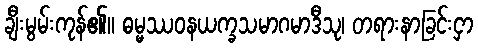
ချီးမွမ်းကုန်၏။ ဓမ္မဿဝနယက္ခသမာဂမာဒီသု၊ တရားနာခြင်းငှာ